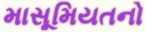
માસૂમિયતનો